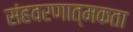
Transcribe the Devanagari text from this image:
संहवरणात्मकता